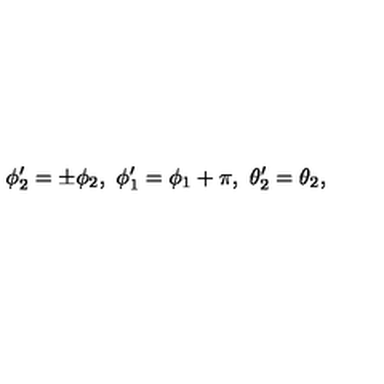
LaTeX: \phi _ { 2 } ^ { \prime } = \pm \phi _ { 2 } , \ \phi _ { 1 } ^ { \prime } = \phi _ { 1 } + \pi , \ \theta _ { 2 } ^ { \prime } = \theta _ { 2 } ,